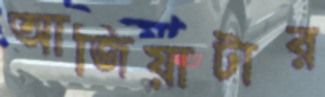
আজিয়াটার